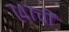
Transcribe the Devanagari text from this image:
७४७ची